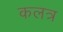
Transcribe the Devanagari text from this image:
कलत्र